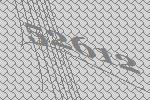
52612